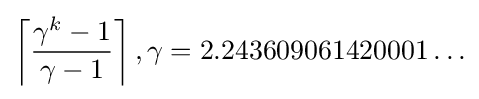
\left\lceil {\frac {\gamma ^{k}-1}{\gamma -1}}\right\rceil ,\gamma =2.243609061420001\ldots